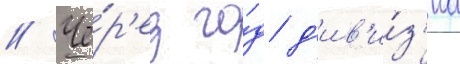
// Че́р'ез го́д д'ив'и́з'иа